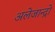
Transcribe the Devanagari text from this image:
अलेजान्द्रो